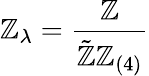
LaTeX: \mathbb{Z}_{\lambda}=\frac{{\mathbb{Z}}}{{\tilde{{\mathbb{Z}}}\mathbb{Z}_{(4)}}}